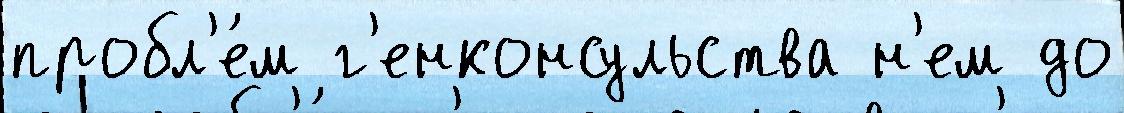
пробл'е́м г'енконсульства н'ем до